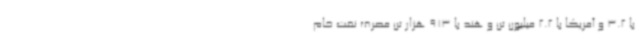
با 3.2 و آمریکا با 2.2 میلیون تن و هند با 913 هزار تن مصرف نفت خام